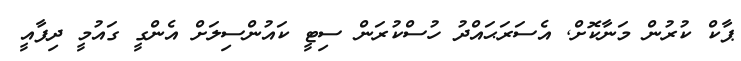
ޕާކް ކުރުން މަނާކޮށް